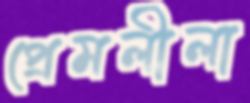
প্রেমলীলা